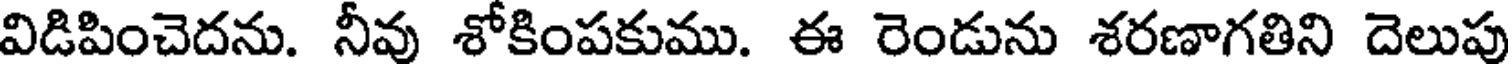
విడిపించెదను. నీవు శోకింపకుము. ఈ రెండును శరణాగతిని దెలుపు